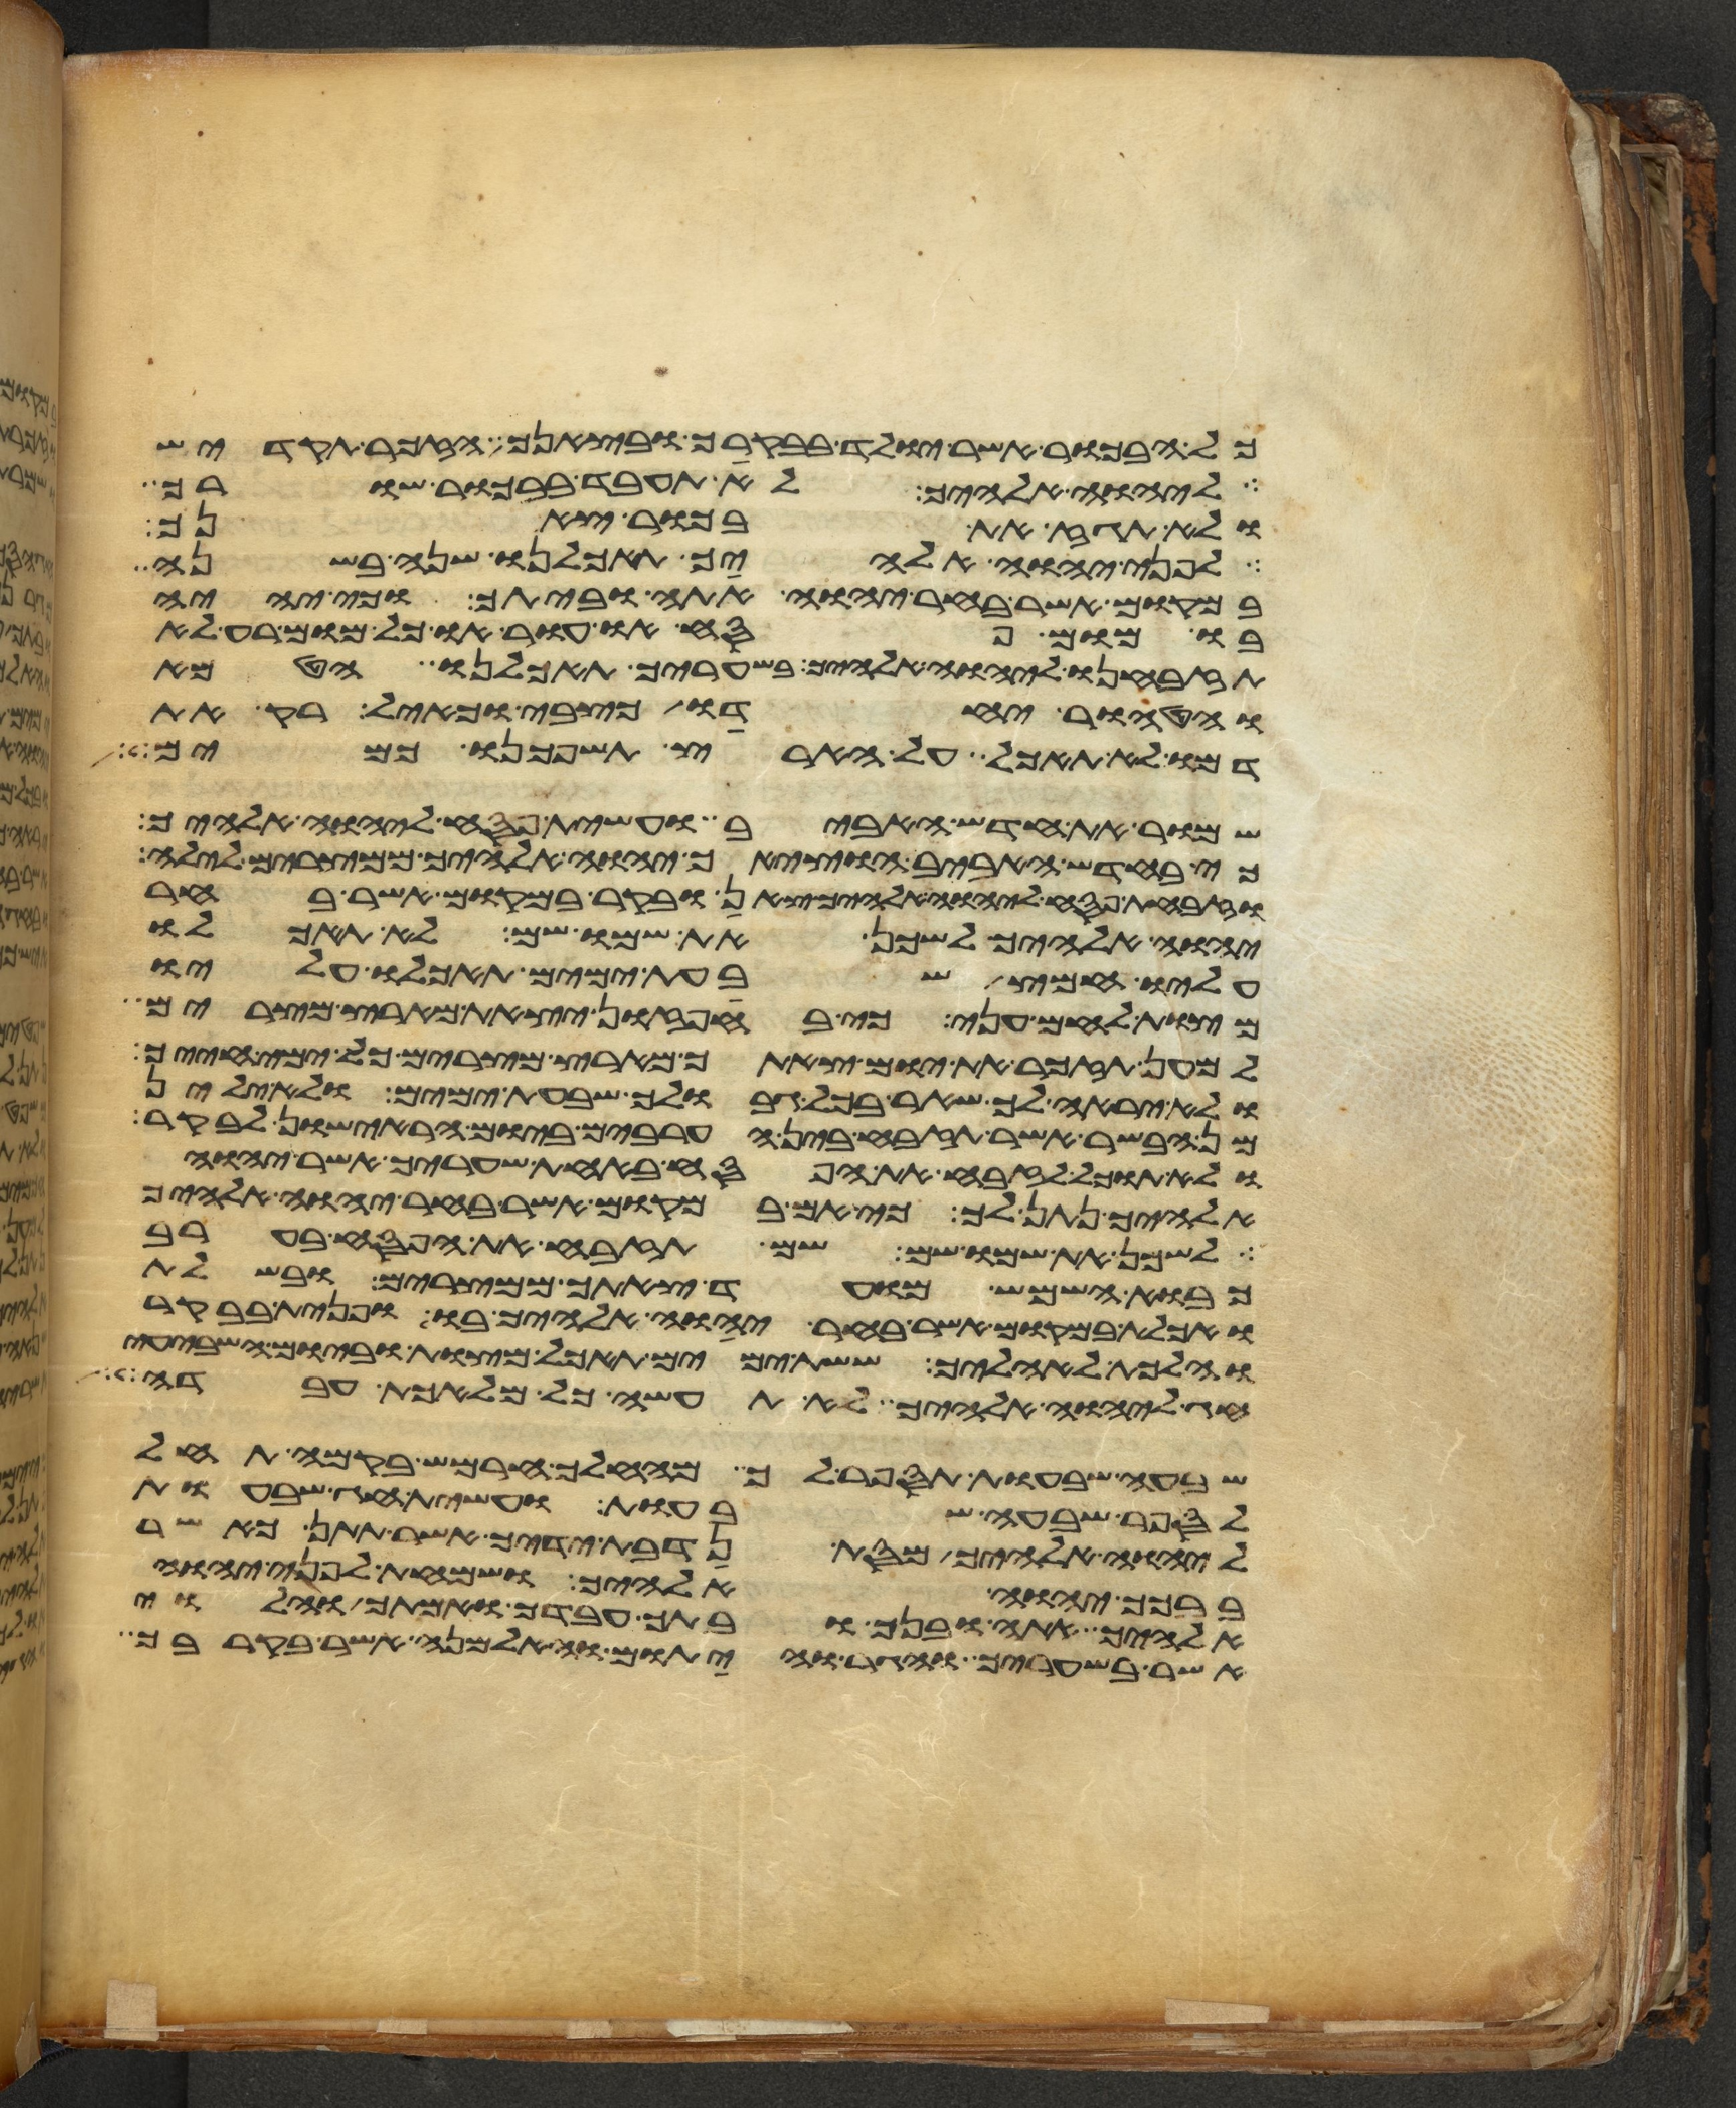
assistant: כל הבכור אשר יולד בבקרך ובצאנך הזכר תקדיש
ליהוה אלהיך לא תעבד בבכור שורך
ולא תגז את בכור צאנך
לפני יהוה אלהיך תאכלנו שנה בשנה
במקום אשר בחר יהוה אתה וביתך וכי יהיה
בו מום פסח או עור או כל מום רע לא
תזבחנו ליהוה אלהיך בשעריך תאכלנו הטמא
והטהור יחדו כצבי וכאיל רק את
דמו לא תאכל על הארץ תשפכנו כמים
שמור את חדש האביב ועשית פסח ליהוה אלהיך
כי בחדש האביב הוציאך יהוה אלהיך ממצרים לילה
וזבחת פסח ליהוה אלהיך צאן ובקר במקום אשר בחר
יהוה אלהיך לשכן את שמו שם לא תאכלו
עליו חמץ שבעת ימים תאכלו עליו
מצות לחם עני כי בחפזון יצאת מארץ מצרים
למען תזכר את יום צאתך מארץ מצרים כל ימי חייך
ולא יראה לך שאר בכל גבולך שבעת ימים ולא ילין
מן הבשר אשר תזבח בין הערבים ביום הראישון לבקר
ולא תוכל לזבח את הפסח באחת שעריך אשר יהוה
אלהיך נתן לך כי אם במקום אשר בחר יהוה אלהיך
לשכן את שמו שם שם תזבח את הפסח בערב
כבוא השמש מועד צאתך ממצרים ובשלת
ואכלת במקום אשר בחר יהוה אלהיך בו ופנית בבקר
והלכת לאהליך ששת ימים תאכל מצות וביום השביעי
חג ליהוה אלהיך לא תעשה כל מלאכת עבדה
שבעה שבעות תספר לך מהחלך חרמש בקמה תחל
לספר שבעה שבעות ועשית חג שבעות
ליהוה אלהיך מסת נדבת ידיך אשר תתן כאשר
ברכך יהוה אלהיך ושמחת לפני יהוה
אלהיך אתה ובנך ובתך עבדך ואמתך והלוי
אשר בשעריך והגר והיתום והאלמנה אשר בקרבך